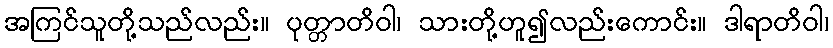
အကြင်သူတို့သည်လည်း။ ပုတ္တာတိဝါ၊ သားတို့ဟူ၍လည်းကောင်း။ ဒါရာတိဝါ၊